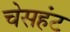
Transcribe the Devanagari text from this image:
चेसहंट